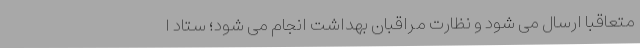
متعاقباً ارسال می شود و نظارت مراقبان بهداشت انجام می شود؛ ستاد ا